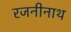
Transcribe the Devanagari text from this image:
रजनीनाथ